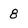
Character: 8